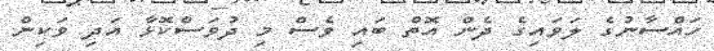
ހައްސާނުގެ ލަވައިގެ ދެން އޮތް ބައި ވެސް މި ދުވަސްކޮޅާ އަދި ވަކިން